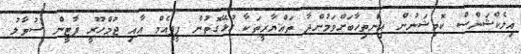
އިލެކްޝަންސް ކޮމިޝަނުން އިންތިޚާބަށްވަމުންދާ ތައްޔާރީތަކާ ގުޅޭގޮތުން ޕީޕީއެމް އާއި ޖުމްހޫރީ ޕާޓީން ސުވާލު